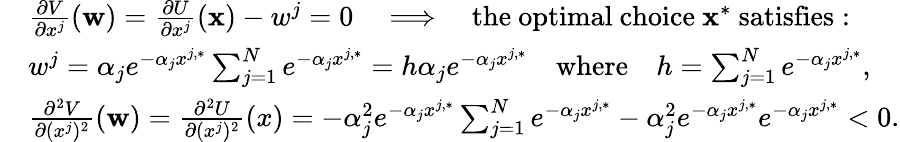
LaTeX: \begin{array}{rl}&{\frac{\partial V}{\partial x^{j}}(\mathbf{w})=\frac{\partial U}{\partial x^{j}}(\mathbf{x})-w^{j}=0\quad\Longrightarrow\quad\mathrm{the~optimal~choice~}\mathbf{x}^{*}\mathrm{~satisfies}:}\\ &{w^{j}=\alpha_{j}e^{-\alpha_{j}x^{j,*}}\sum_{j=1}^{N}e^{-\alpha_{j}x^{j,*}}=h\alpha_{j}e^{-\alpha_{j}x^{j,*}}\quad\mathrm{where}\quad h=\sum_{j=1}^{N}e^{-\alpha_{j}x^{j,*}},}\\ &{\frac{\partial^{2}V}{\partial(x^{j})^{2}}(\mathbf{w})=\frac{\partial^{2}U}{\partial(x^{j})^{2}}(x)=-\alpha_{j}^{2}e^{-\alpha_{j}x^{j,*}}\sum_{j=1}^{N}e^{-\alpha_{j}x^{j,*}}-\alpha_{j}^{2}e^{-\alpha_{j}x^{j,*}}e^{-\alpha_{j}x^{j,*}}<0.}\end{array}